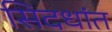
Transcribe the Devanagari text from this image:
सिदधांत